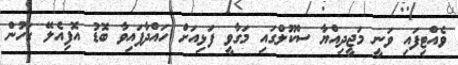
ވެއްޓިފައި ވަނީ މަޖީދިއްޔާ ސްކޫލްގައި މަގާވީ ފަޅިއަށް ހައްދާފައިވާ ބޮޑު އޮފިއެލޭ ގަހުން